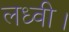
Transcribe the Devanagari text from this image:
लध्वी।